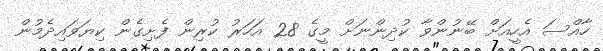
ހާއްސަ އެހީއަށް ބޭނުންވާ ކުދިންނަށް މީގެ 28 އަހަރު ކުރިން ފެށިގެން ކިޔަވައިދެމުން